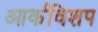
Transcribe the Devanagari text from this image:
आर्कविशप